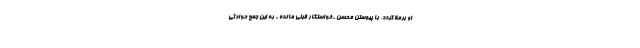
او برملا گردد. با پیوستن محسن -خواستگار قبلى مائده - به این جمع حوادثی